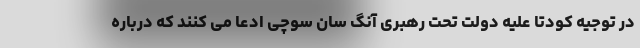
در توجیه کودتا علیه دولت تحت رهبری آنگ سان سوچی ادعا می کنند که درباره